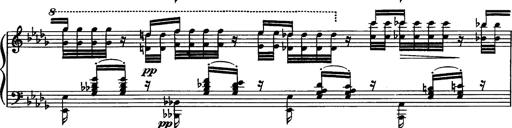
Title: Paraphrase de concert sur Rigoletto
Composer: Franz Liszt